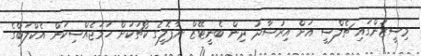
މިސީޒަންގައި ޗެލްސީ އަށް އިރުޝާދު ދިން ބެނީޓޭޒް ނާޕޮލީގެ ކޯޗަކަށް ހަމަޖެއްސިކަން އެކްލަބްގެ